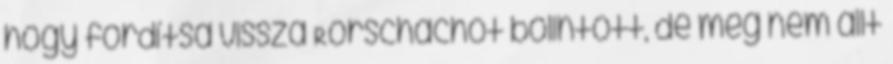
hogy fordítsa vissza Rorschachot bólintott, de még nem állt